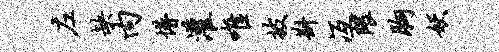
左缺内懵灌唯披斟冱隈胸妖